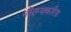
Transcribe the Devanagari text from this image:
नोंदम्याकरिता